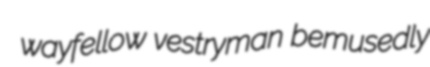
wayfellow vestryman bemusedly